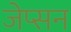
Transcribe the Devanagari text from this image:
जेप्सन